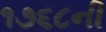
૧૭૬૮ની